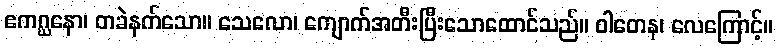
ဧကဂ္ဃနော၊ တခဲနက်သော။ သေလော၊ ကျောက်အတီးပြီးသောထောင်သည်။ ဝါတေန၊ လေကြောင့်။